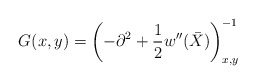
\begin{align*}G(x,y)=\left( -\partial^2 +\frac 12 w''(\bar X)\right)^{-1}_{x,y} \end{align*}